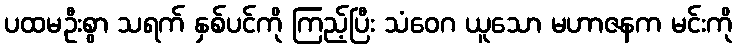
ပထမဦးစွာ သရက် နှစ်ပင်ကို ကြည့်ပြီး သံဝေဂ ယူသော မဟာဇနက မင်းကို